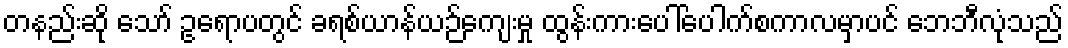
တနည်းဆို သော် ဥရောပတွင် ခရစ်ယာန်ယဉ်ကျေးမှု ထွန်းကားပေါ်ပေါက်စကာလမှာပင် ဘေဘီလုံသည်